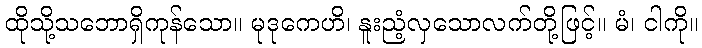
ထိုသို့သဘောရှိကုန်သော။ မုဒုကေဟိ၊ နူးညံ့လှသောလက်တို့ဖြင့်။ မံ၊ ငါကို။